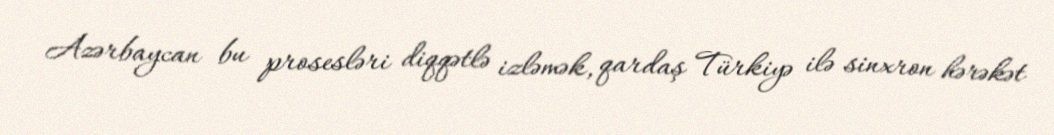
Azərbaycan bu prosesləri diqqətlə izləmək, qardaş Türkiyə ilə sinxron hərəkət